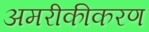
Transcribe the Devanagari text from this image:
अमरीकीकरण